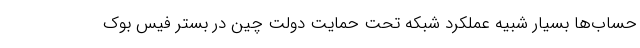
حساب‌ها بسیار شبیه عملکرد شبکه تحت حمایت دولت چین در بستر فیس بوک